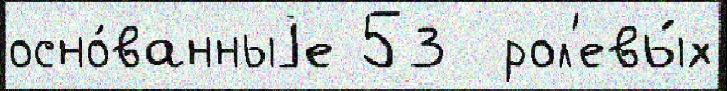
осно́ванныjе 53  рол'евы́х